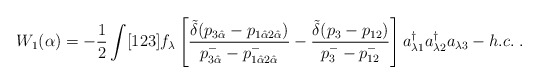
\begin{align*}W_1(\alpha)= -\frac{1}{2} \int [123] f_\lambda\left[\frac{\tilde{\delta}(p_{3 \hat \alpha}-p_{1 \hat \alpha 2 \hat \alpha})}{p^-_{3 \hat \alpha}- p^-_{1 \hat \alpha 2 \hat \alpha}}- \frac{\tilde{\delta}(p_3-p_{12})}{p^-_3-p^-_{12}} \right]a^\dagger_{\lambda 1} a^\dagger_{\lambda 2} a_{\lambda 3} - h.c. \; .\end{align*}